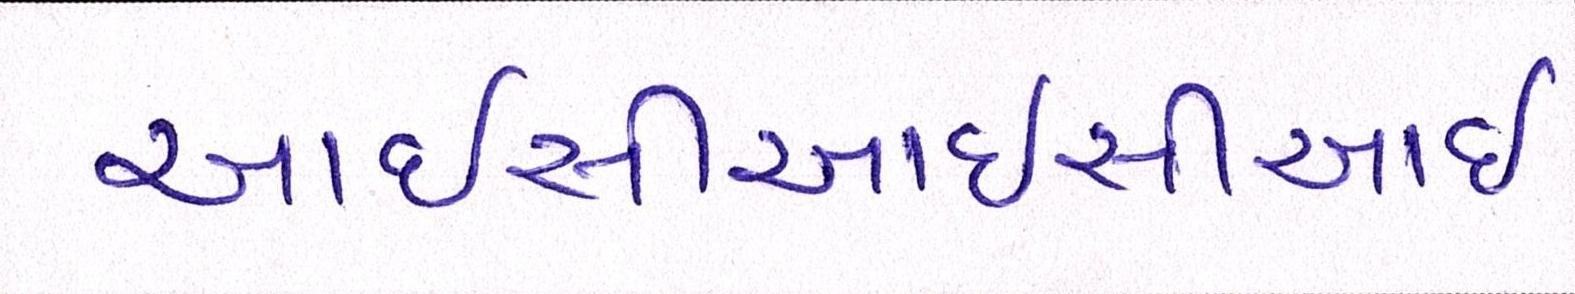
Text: આઇસીઆઇસીઆઇ